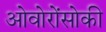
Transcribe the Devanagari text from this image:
ओवोरोंसोकी